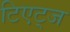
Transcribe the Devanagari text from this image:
टिएट्ज